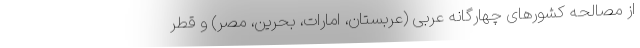
از مصالحه کشورهای چهارگانه عربی (عربستان، امارات، بحرین، مصر) و قطر